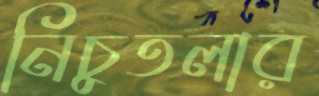
নিচুতলার